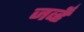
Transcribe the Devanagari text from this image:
जव्हँ